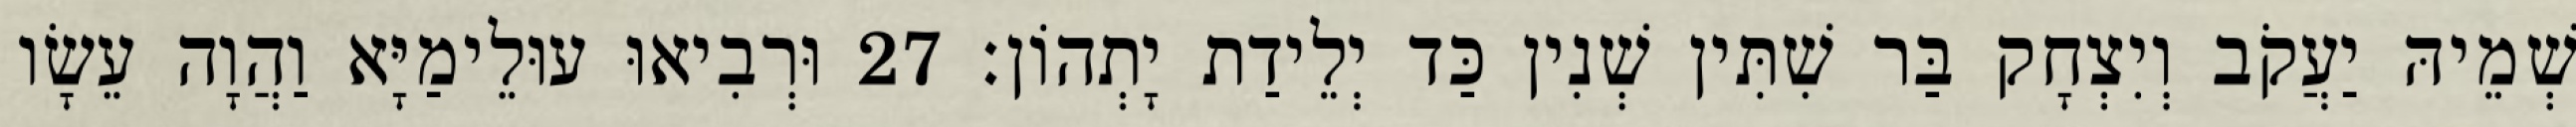
שְׁמֵיהּ יַעֲקֹב וְיִצְחָק בַּר שִׁתִּין שְׁנִין כַּד יְלֵידַת יָתְהוֹן׃ 27 וּרְבִיאוּ עוּלֵימַיָּא וַהֲוָה עֵשָׂו